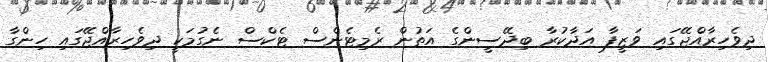
ދިވެހިރާއްޖޭގައި ވަޒީފާ އަދާކުރާ ބިދޭސީންގެ އަތުން ރެމިޓެންސް ޓެކްސް ނެގުމަކީ ދިވެހިރާއްޖޭގައި ހިންގާ